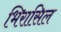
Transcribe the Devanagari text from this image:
भिरासिल